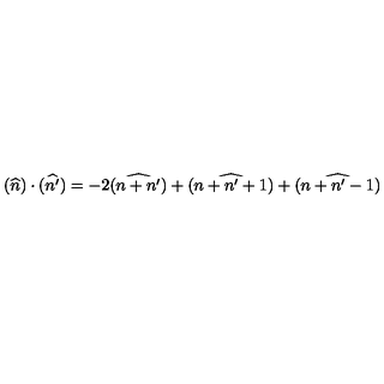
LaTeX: ( \widehat { n } ) \cdot ( \widehat { n ^ { \prime } } ) = - 2 ( \widehat { n + n ^ { \prime } } ) + ( \widehat { n + n ^ { \prime } + 1 } ) + ( \widehat { n + n ^ { \prime } - 1 } )